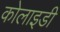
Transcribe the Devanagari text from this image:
कोलाइडी